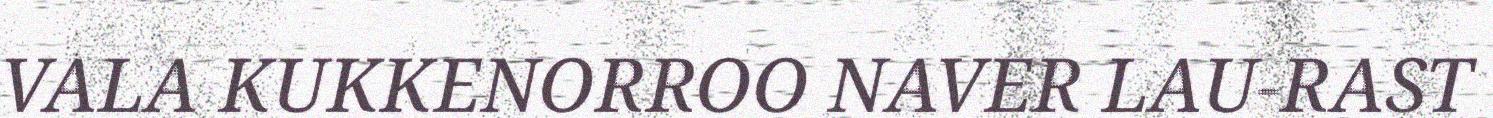
VALA KUKKENORROO NAVER LAU-RAST